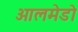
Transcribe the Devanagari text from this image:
ओलमेडो